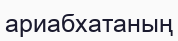
ариабхатаның